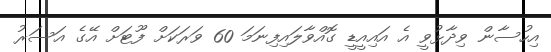
އިހުސާން ވިދާޅުވީ އެ އައިއީޑީ ގޮއްވާލައިފިނަމަ 60 ވަރަކަށް ފޫޓަށް އޭގެ އަސަރު